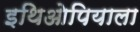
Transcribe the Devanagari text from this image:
इथिओपियाला